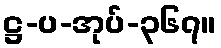
ဋ္ဌ-ပ-အုပ်-၃၆၇။